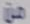
من